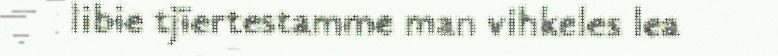
libie tjïertestamme man vihkeles lea